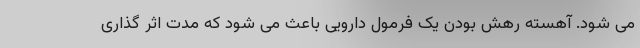
می شود. آهسته رهش بودن یک فرمول دارویی باعث می شود که مدت اثر گذاری